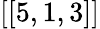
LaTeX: \left[[5,1,3\right]]